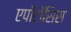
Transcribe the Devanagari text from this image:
एपॉटॉसिस